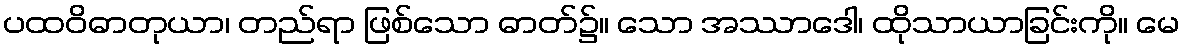
ပထဝိဓာတုယာ၊ တည်ရာ ဖြစ်သော ဓာတ်၌။ သော အဿာဒေါ၊ ထိုသာယာခြင်းကို။ မေ